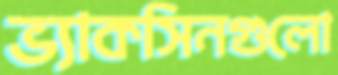
ভ্যাকসিনগুলো